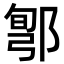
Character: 𨜬